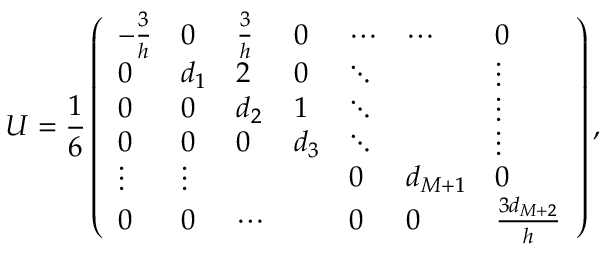
U = \frac { 1 } { 6 } \left( \begin{array} { l l l l l l l } { - \frac { 3 } { h } } & { 0 } & { \frac { 3 } { h } } & { 0 } & { \cdots } & { \cdots } & { 0 } \\ { 0 } & { d _ { 1 } } & { 2 } & { 0 } & { \ddots } & & { \vdots } \\ { 0 } & { 0 } & { d _ { 2 } } & { 1 } & { \ddots } & & { \vdots } \\ { 0 } & { 0 } & { 0 } & { d _ { 3 } } & { \ddots } & & { \vdots } \\ { \vdots } & { \vdots } & & & { 0 } & { d _ { M + 1 } } & { 0 } \\ { 0 } & { 0 } & { \cdots } & & { 0 } & { 0 } & { \frac { 3 d _ { M + 2 } } { h } } \end{array} \right) ,